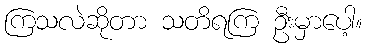
ကြသလဲဆိုတာ သတိရကြ ဦးမှာပေါ့။